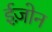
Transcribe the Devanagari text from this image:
ईज़ोन